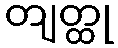
တျတ္ထု